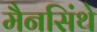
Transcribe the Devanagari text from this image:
मैनसिंथे